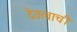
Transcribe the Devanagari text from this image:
देवत्वाची